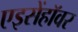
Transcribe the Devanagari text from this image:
एइसेंहॉवर